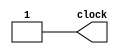
module Clock (clock);

	output reg clock;

	initial begin
		clock = 1;
	end

	always
		begin 
			#100 clock = 0;
			#100 clock = 1;
  		end

endmodule